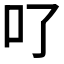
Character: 𠮩